Medical and sanitary report of the native army of Bengal for the year
Year: 1874
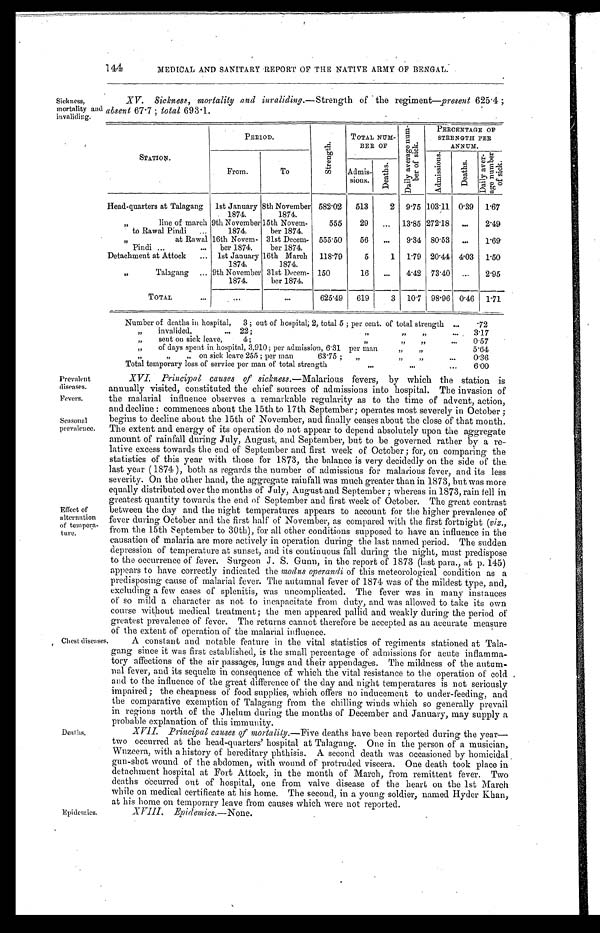
144
MEDICAL AND SANITARY REPORT OF THE NATIVE ARMY OF BENGAL.
Sickness,
mortality and
invaliding.
XV. Sickness, mortality and invaliding.— Strength of the regiment—present 625.4;
absent 67.7; total 693.1.
STATION.
PERIOD.
S t r e n g t h .
TOTAL NUM-
BER OF
D a i l y a v e r a g e n u m -
b e r o f s i c k .
PERCENTAGE OF
STRENGTH PER
ANNUM.
From.
To
Admis-
sions.
D e a t h s .
A d m i s s i o n s . D e a t h s .
Dai l y aver -
a ge numbe r
of si ck.
Head-quarters at Talagang 1st January
1874.
8th November
1874.
582.02 513
2 9.75 103.11 0.39 1.67
„ l i n e o f m a r c h
to Rawal Pindi
9th November
1874.
15th Novem-
ber 1874.
555 29
13.85 272.18
2.49
„ at Rawal
Pindi.
16th Novem-
ber 1874.
31st Decem-
ber 1874.
555.50 56
9.34 80.53
1.69
Detachment at Attock
1st January
1874.
16th March
1874.
118.79
5
1 1.79 20.44 4.03 1.50
„ Talagang
9th November
1874.
31st Decem-
ber 1874.
150
16
4.42 73.40
2 . 9 5
TOTAL
625.49 619
3 10.7 98.96 0.46 1.71
Number of deaths in hospital, 3; out of hospital; 2, total 5; per cent. of total strength .72
„ invalided, 22; „ „ „
3.17
„ sent on sick leave, 4;„ „ „
0.57
„ of days spent in hospital, 3,910; per admission, 6.31 per man „
„
5 . 6 4
„ „ „ on sick leave 255; per man 63.75; „ „ „
0.36
Total temporary loss of service per man of total strength
6 . 0 0
Prevalent
diseases.
Fevers.
Seasonal
prevalence.
Effect of
alternation
of tempera-
ture.
Chest diseases
.
Deaths.
Epidemics.
XVI. Principal causes of sickness.—Malarious fevers, by which the station is
annually visited, constituted the chief sources of admissions into hospital. The invasion of
the malarial influence observes a remarkable regularity as to the time of advent, action,
and decline: commences about the 15th to 17th September; operates most severely in October;
begins to decline about the 15th of November, and finally ceases about the close of that month.
The extent and energy of its operation do not appear to depend absolutely upon the aggregate
amount of rainfall during July, August, and September, but to be governed rather by a re
- l a t i v e e x c e s s t o w a r d s t h e e n d o f S e p t e m b e r a n d f i r s t w e e k o f O c t o b e r ; f o r , o n c o m p a r i n g t h e
statistics of this year with those for 1873, the balance is very decidedly on the side of the
last year (1874), both as regards the number of admissions for malarious fever, and its less
severity. On the other hand, the aggregate rainfall was much greater than in 1873, but was more
equally distributed over the months of July, August and September; whereas in 1873, rain fell in
greatest quantity towards the end of September and first week of October. The great contrast
between the day and the night temperatures appears to account for the higher prevalence of
fever during October and the first half of November, as compared with the first fortnight (viz.,
from the 15th September to 30th), for all other conditions supposed to have an influence in the
causation of malaria are more actively in operation during the last named period. The sudden
depression of temperature at sunset, and its continuous fall during the night, must predispose
to the occurrence of fever. Surgeon J. S. Gunn, in the report of 1873 (last para., at p. 145)
appears to have correctly indicated the modus operandi of this meteorological condition as a
predisposing cause of malarial fever. The autumnal fever of 1874 was of the mildest type, and,
excluding a few cases of splenitis, was uncomplicated. The fever was in many instances
of so mild a character as not to incapacitate from duty, and was allowed to take its own
course without medical treatment; the men appeared pallid and weakly during the period of
greatest prevalence of fever. The returns cannot therefore be accepted as an accurate measure
of the extent of operation of the malarial influence.
A constant and notable feature in the vital statistics of regiments stationed at Tala
-gang since it was first established, is the small percentage of admissions for acute inflamma
-tory affections of the air passages, lungs and their appendages. The mildness of the autum
- n a l f e v e r , a n d i t s s e q u e l æ i n c o n s e q u e n c e o f w h i c h t h e v i t a l r e s i s t a n c e t o t h e o p e r a t i o n o f c o l d
and to the influence of the great difference of the day and night temperatures is not seriously
impaired; the cheapness of food supplies, which offers no inducement to under-feeding, and
the comparative exemption of Talagang from the chilling winds which so generally prevail
in regions north of the Jhelum during the months of December and January, may supply a
probable explanation of this immunity.
XVII. Principal causes of mortality.— Five deaths have been reported during the year—
two occurred at the head-quarters' hospital at Talagang. One in the person of a musician,
Wuzeera, with a history of hereditary phthisis. A second death was occasioned by homicidal
gun-shot wound of the abdomen, with wound of protruded viscera. One death took place in
detachment hospital at Fort Attock, in the month of March, from remittent fever. Two
deaths occurred out of hospital, one front valve disease of the heart on the 1st March
while on medical certificate at his home. The second, in a young soldier, named Hyder Khan,
at his home on temporary leave from causes which were not reported.
XVIII. Epidemics.—None.